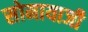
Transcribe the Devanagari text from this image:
सोमायाजी